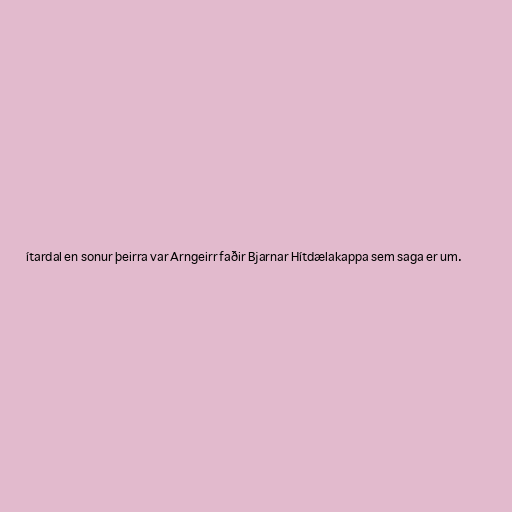
ítardal en sonur þeirra var Arngeirr faðir Bjarnar Hítdælakappa sem saga er um.